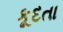
કૂદતા